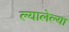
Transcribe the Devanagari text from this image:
ल्यालेल्या